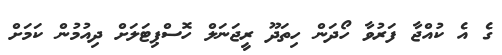
ގެ އެ ކުއްޖާ ފަރުވާ ހޯދަން ހިތަދޫ ރީޖަނަލް ހޮސްޕިޓަލަށް ދިއުމުން ކަމަށް